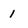
Character: 1